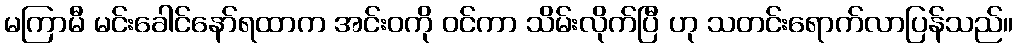
မကြာမီ မင်းခေါင်နော်ရထာက အင်းဝကို ဝင်ကာ သိမ်းလိုက်ပြီ ဟု သတင်းရောက်လာပြန်သည်။